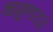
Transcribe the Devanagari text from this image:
चामुण्डराजे